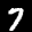
Label: 7